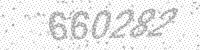
Solution: 660282